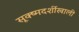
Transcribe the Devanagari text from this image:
सूक्ष्मदर्शीखाली